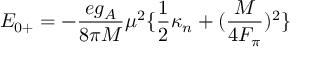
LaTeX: E _ { 0 + } = - { \frac { e g _ { A } } { 8 \pi M } } \mu ^ { 2 } \{ { \frac { 1 } { 2 } } \kappa _ { n } + ( { \frac { M } { 4 F _ { \pi } } } ) ^ { 2 } \}